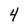
Character: 4